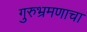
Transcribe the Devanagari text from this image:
गुरुभ्रमणाचा